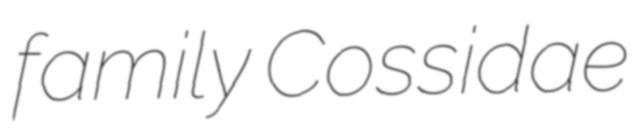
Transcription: family Cossidae